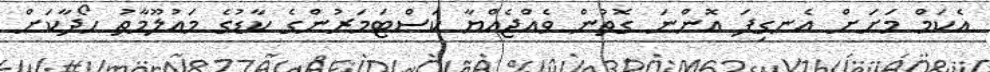
އެކަމް މަށަށް އެނގިފަ އޮންނަ ގޮތުން ވެއްޖެއްޔާ ކަސްޓަމަރުންގެ ކާޑުގެ މައުލޫމާތު ހޯދާކަށް